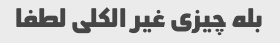
بله چیزی غیر الکلی لطفا